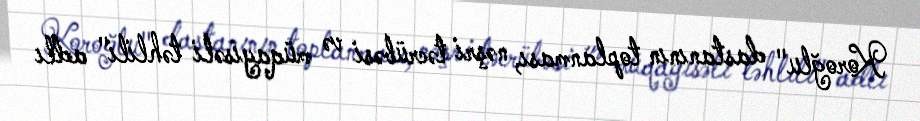
Koroğlu" dastanının toplanması, nəşri təcrübəsi və müqayisəli təhlili" adlı